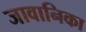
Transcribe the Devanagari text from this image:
जावानिका